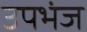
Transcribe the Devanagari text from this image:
उपभंज